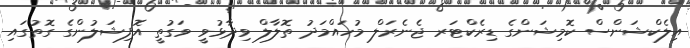
އިލެކްޝަންސް ކޮމިޝަންގެ ޑިރެކްޓަރ ޖެނެރަލް މުހައްމަދު ތޮލާލް ވިދާޅުވީ ވަގުތީ އޮފިޝަލުންގެ ގޮތުގައި